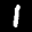
Label: 1